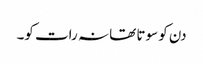
دن کو سوتا تھا نہ رات کو۔